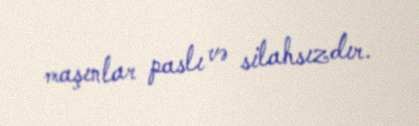
maşınlar paslı və silahsızdır.